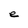
Character: e